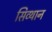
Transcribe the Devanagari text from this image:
सिव्थान